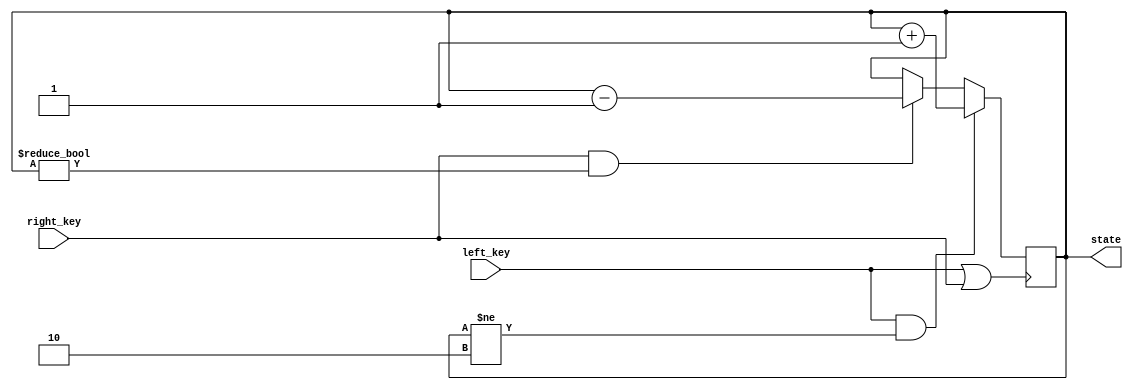
`timescale 1ns / 1ps

module alarm_state_machine(left_key, right_key, state);
    input left_key, right_key;
    output reg [1:0] state;
    
    wire trigger;
    assign trigger = left_key || right_key;
    
    
    always @(posedge trigger) begin
        if (left_key && state != 2) begin
            state <= state + 1;
        end
        else if (right_key && state != 0) begin
            state <= state - 1;
        end
    end
    
endmodule